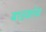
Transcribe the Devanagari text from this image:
बाइकोव